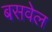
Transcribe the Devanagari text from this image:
बसवेल